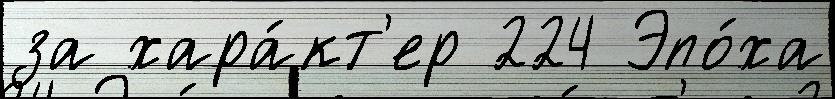
за хара́кт'ер 224 Эпо́ха